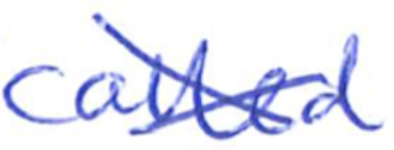
Text: called
Cross-out: cross
Writing tool: ballpoint